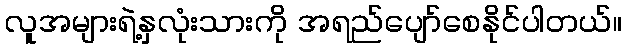
လူအများရဲ့နှလုံးသားကို အရည်ပျော်စေနိုင်ပါတယ်။